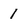
Character: I